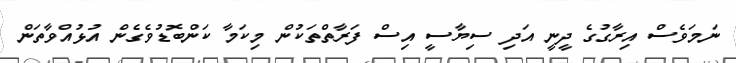
ނަމަވެސް އިރާގުގެ ދީނީ އަދި ސިޔާސީ އިސް ފަރާތްތަކުން މިކަމާ ކަންބޮޑުވެގެން އުޅުއްވާތަން